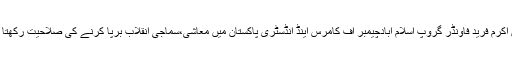
میاں اکرم فرید فاؤنڈر گروپ اسلام آبادچیمبر آف کامرس اینڈ انڈسٹری پاکستان میں معاشی،سماجی انقلاب برپا کرنے کی صلاحیت رکھتا ہے۔